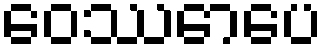
ဝေဿောပေ